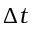
\Delta t